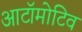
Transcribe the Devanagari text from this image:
आटॉमोटिव